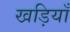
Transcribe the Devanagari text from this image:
खड़ियाँ